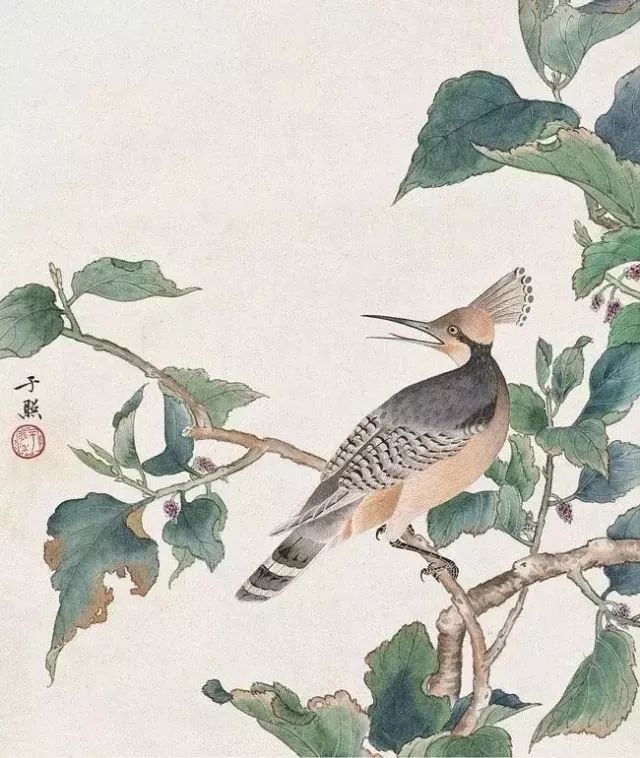
公生明，偏生闇，端悫生通，诈伪生塞，诚信生神，夸诞生惑。